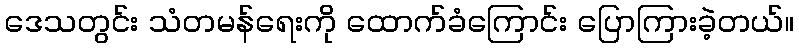
ဒေသတွင်း သံတမန်ရေးကို ထောက်ခံကြောင်း ပြောကြားခဲ့တယ်။